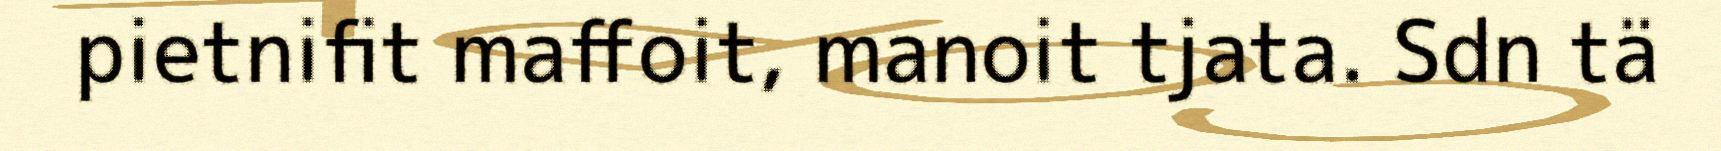
pietnifit maffoit, manoit tjata. Sdn tä